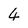
Character: 4